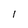
Character: 1